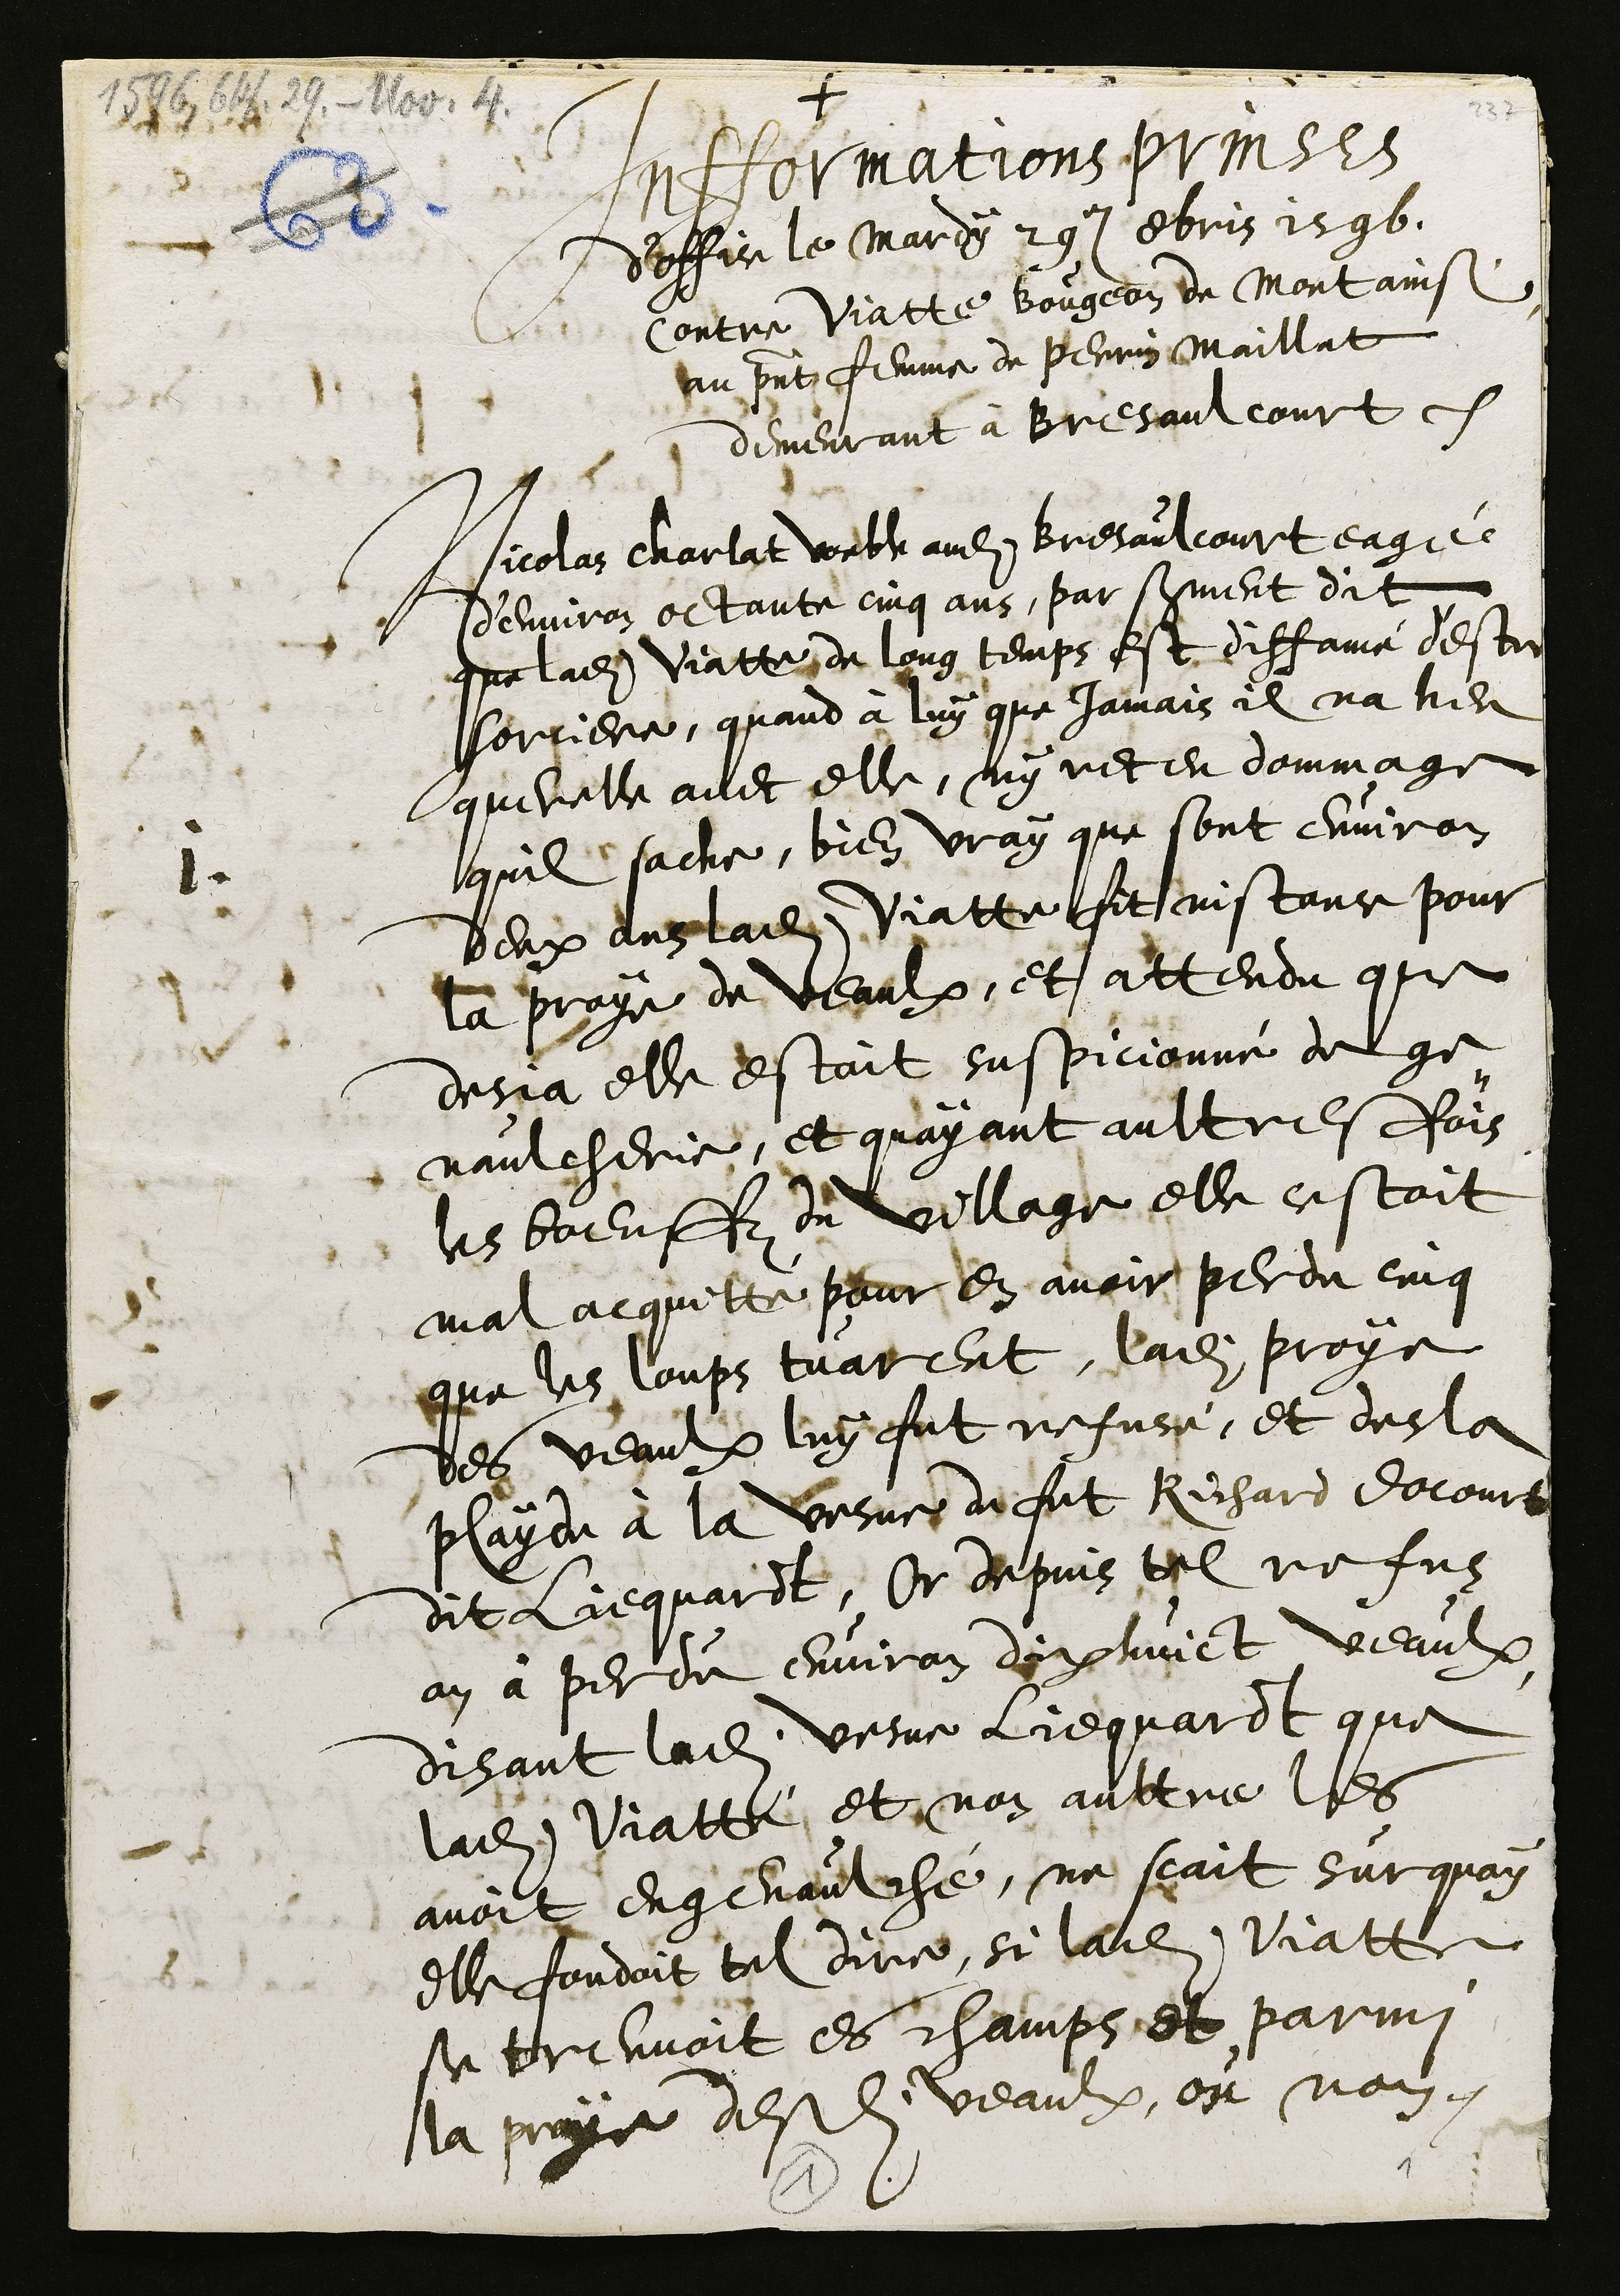
+
Infformations prinses
doffice le Mardy 29e 8bris 1596.
contre Viatte Bougeon de Montainsi
au present femme de Perrin Maillat
demeurant à Bresaulcourt
1
Nicolas Charlat voeble audit Bresaulcourt eagé
d’environ octante cinq ans, par serment dit
que ladite Viatte de long temps est diffamé d'estre
sorciere, quand à luy que jamais il na heu
querelle avec elle, ny receu dommage
quil sache, bien vray que sont environ
deux ans ladite Viatte fit instance pour
la proye de veaulx, et attendu que
desja elle estoit suspicionné de ge-
naulcherie, et quayant aultresfois
les boeuffz du village elle cestoit
mal acquitté pour en avoir perdu cinq
que les loups tuarent, ladite proye
des veaulx luy fut refusé, et desla
plaide à la vesve de fut Richard Docourt
dit Liequardt, Or depuis tel refus
on à perdu environ dix huict veaulx
disant ladite vesve Liequardt que
ladite Viatte, et non aultre les
avoit engenaulché, ne scait Sur quoy
elle fondoit tel dire, si ladite Viatte
se treuvoit es champs et parmi
la praye desdits veaulx, ou non.
1
1